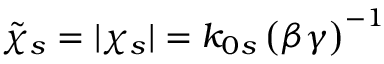
\tilde { \chi } _ { s } = | \chi _ { s } | = k _ { 0 s } \left( \beta \gamma \right) ^ { - 1 }